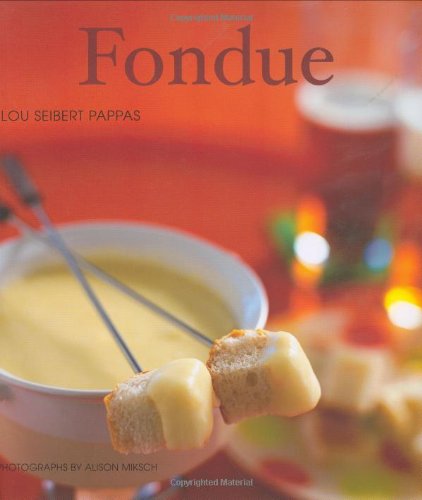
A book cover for Fondue; Lou Seibert Pappas; Cookbooks, Food & Wine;